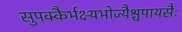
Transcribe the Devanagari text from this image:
सुपक्कैर्भक्ष्यभोज्यैश्चपायसैः